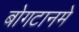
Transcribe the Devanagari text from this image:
बोगटानमे